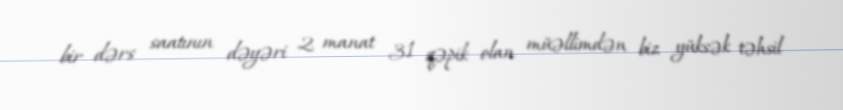
bir dərs saatının dəyəri 2 manat 31 qəpik olan müəllimdən biz yüksək təhsil